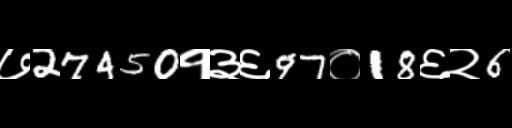
Text: ७27450१३६97०18६२6